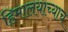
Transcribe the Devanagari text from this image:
हिमालयाच्याच